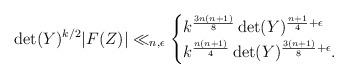
LaTeX: \begin{align*} \det(Y)^{k/2} |F(Z)| \ll_{n,\epsilon}\begin{cases} k^{\frac{3n(n+1)}{8}} \det(Y)^{\frac{n+1}{4}+\epsilon}\\ k^{\frac{n(n+1)}{4}} \det(Y)^{\frac{3(n+1)}{8}+\epsilon}.\end{cases}\end{align*}